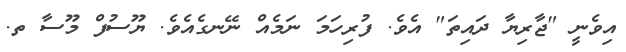
އިވެނީ "ޖާރިޔާ ދައިތަ" އެވެ. ފުރިހަމަ ނަމެއް ނޭނގެއެވެ. ޔޫސުފް މޫސާ ތ.